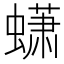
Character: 蟏